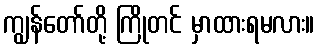
ကျွန်တော်တို့ ကြိုတင် မှာထားရမလား။